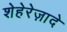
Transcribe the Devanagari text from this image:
शेहेरेज़ादे